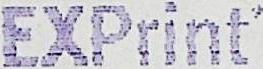
EXPRINT'